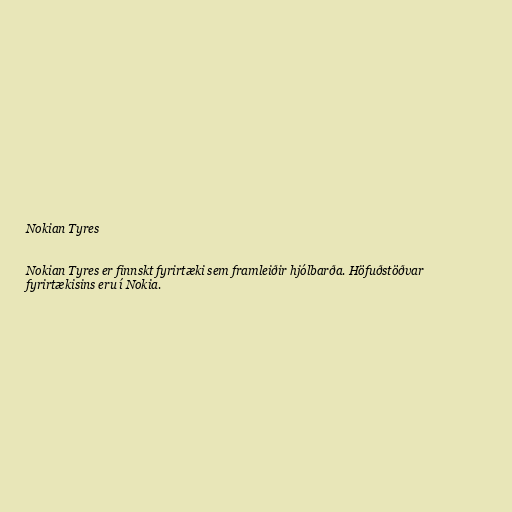
Nokian Tyres

Nokian Tyres er finnskt fyrirtæki sem framleiðir hjólbarða. Höfuðstöðvar
fyrirtækisins eru í Nokia.